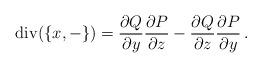
LaTeX: \begin{align*} \mathrm{div}(\{x,-\}) = \frac{\partial Q}{\partial y}\frac{\partial P}{\partial z} - \frac{\partial Q}{\partial z}\frac{\partial P}{\partial y}\,.\end{align*}